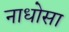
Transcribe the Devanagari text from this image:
नाधोसा